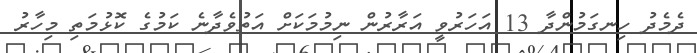
ދެމެދު ހިނގަމުންދާ 13 އަހަރުވީ އަރާރުން ނިމުމަކަށް އަތުވެދާނެ ކަމުގެ ކޮޅުމަތި މިހާރު